Civil Veterinary Dept. Bombay admin report 1914-1922 - 1914-1922
Year: 1914
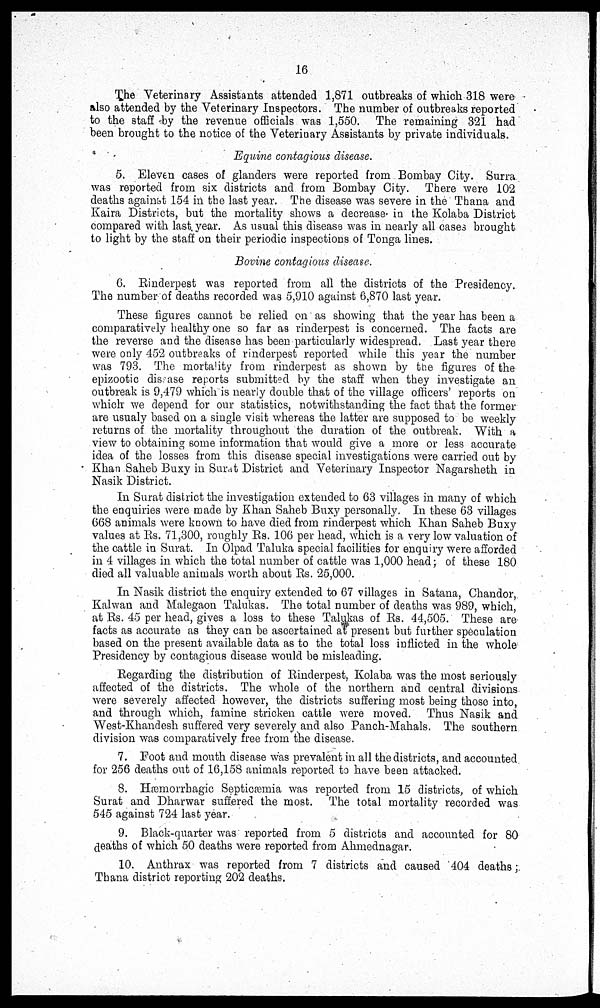
16
The Veterinary Assistants attended 1,871 outbreaks of which 318 were
also attended by the Veterinary Inspectors. The number of outbreaks reported
to the staff by the revenue officials was 1,550. The remaining 321 had
been brought to the notice of the Veterinary Assistants by private individuals.
Equine contagious disease.
5. Eleven cases of glanders were reported from Bombay City. Surra
was reported from six districts and from Bombay City. There were 102
deaths against 154 in the last year. The disease was severe in the Thana and
Kaira Districts, but the mortality shows a decrease in the Kolaba District
compared with last year. As usual this disease was in nearly all cases brought
to light by the staff on their periodic inspections of Tonga lines.
Bovine contagious disease.
6. Rinderpest was reported from all the districts of the Presidency.
The number of deaths recorded was 5,910 against 6,870 last year.
These figures cannot be relied on as showing that the year has been a
comparatively healthy one so far as rinderpest is concerned. The facts are
the reverse and the disease has been particularly widespread. Last year there
were only 452 outbreaks of rinderpest reported while this year the number
was 793. The mortality from rinderpest as shown by the figures of the
epizootic disease reports submitted by the staff when they investigate an
outbreak is 9,479 which is nearly double that of the village officers' reports on
which we depend for our statistics, notwithstanding the fact that the former
are usualy based on a single visit whereas the latter are supposed to be weekly
returns of the mortality throughout the duration of the outbreak. With a
view to obtaining some information that would give a more or less accurate
idea of the losses from this disease special investigations were carried out by
Khan Saheb Buxy in Surat District and Veterinary Inspector Nagarsheth in
Nasik District.
In Surat district the investigation extended to 63 villages in many of which
the enquiries were made by Khan Saheb Buxy personally. In these 63 villages
668 animals were known to have died from rinderpest which Khan Saheb Buxy
values at Rs. 71,300, roughly Rs. 106 per head, which is a very low valuation of
the cattle in Surat. In Olpad Taluka special facilities for enquiry were afforded
in 4 villages in which the total number of cattle was 1,000 head; of these 180
died all valuable animals worth about Rs. 25,000.
In Nasik district the enquiry extended to 67 villages in Satana, Chandor,
Kalwan and Malegaon Talukas. The total number of deaths was 989, which,
at Rs. 45 per head, gives a loss to these Talukas of Rs. 44,505. These are
facts as accurate as they can be ascertained at present but further speculation
based on the present available data as to the total loss inflicted in the whole
Presidency by contagious disease would be misleading.
Regarding the distribution of Rinderpest, Kolaba was the most seriously
affected of the districts. The whole of the northern and central divisions
were severely affected however, the districts suffering most being those into,
and through which, famine stricken cattle were moved. Thus Nasik and
West-Khandesh suffered very severely and also Panch-Mahals. The southern
division was comparatively free from the disease.
7. Foot and mouth disease was prevalent in all the districts, and accounted
for 256 deaths out of 16,158 animals reported to have been attacked.
8. Hæmorrhagic Septicæmia was reported from 15 districts, of which
Surat and Dharwar suffered the most. The total mortality recorded was
545 against 724 last year.
9. Black-quarter was reported from 5 districts and accounted for 80
deaths of which 50 deaths were reported from Ahmednagar.
10. Anthrax was reported from 7 districts and caused 404 deaths;
Thana district reporting 202 deaths.